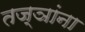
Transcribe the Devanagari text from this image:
तज्ञांना